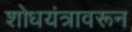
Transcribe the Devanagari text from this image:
शोधयंत्रावरून